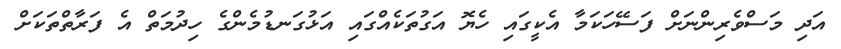
އަދި މަސްވެރިންނަށް ފަސޭހަކަމާ އެކީގައި ހެޔޮ އަގުތަކެއްގައި އަޅުގަނޑުމެންގެ ހިދުމަތް އެ ފަރާތްތަކަށް